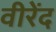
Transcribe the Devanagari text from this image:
वीरेंद